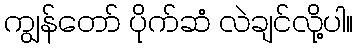
ကျွန်တော် ပိုက်ဆံ လဲချင်လို့ပါ။